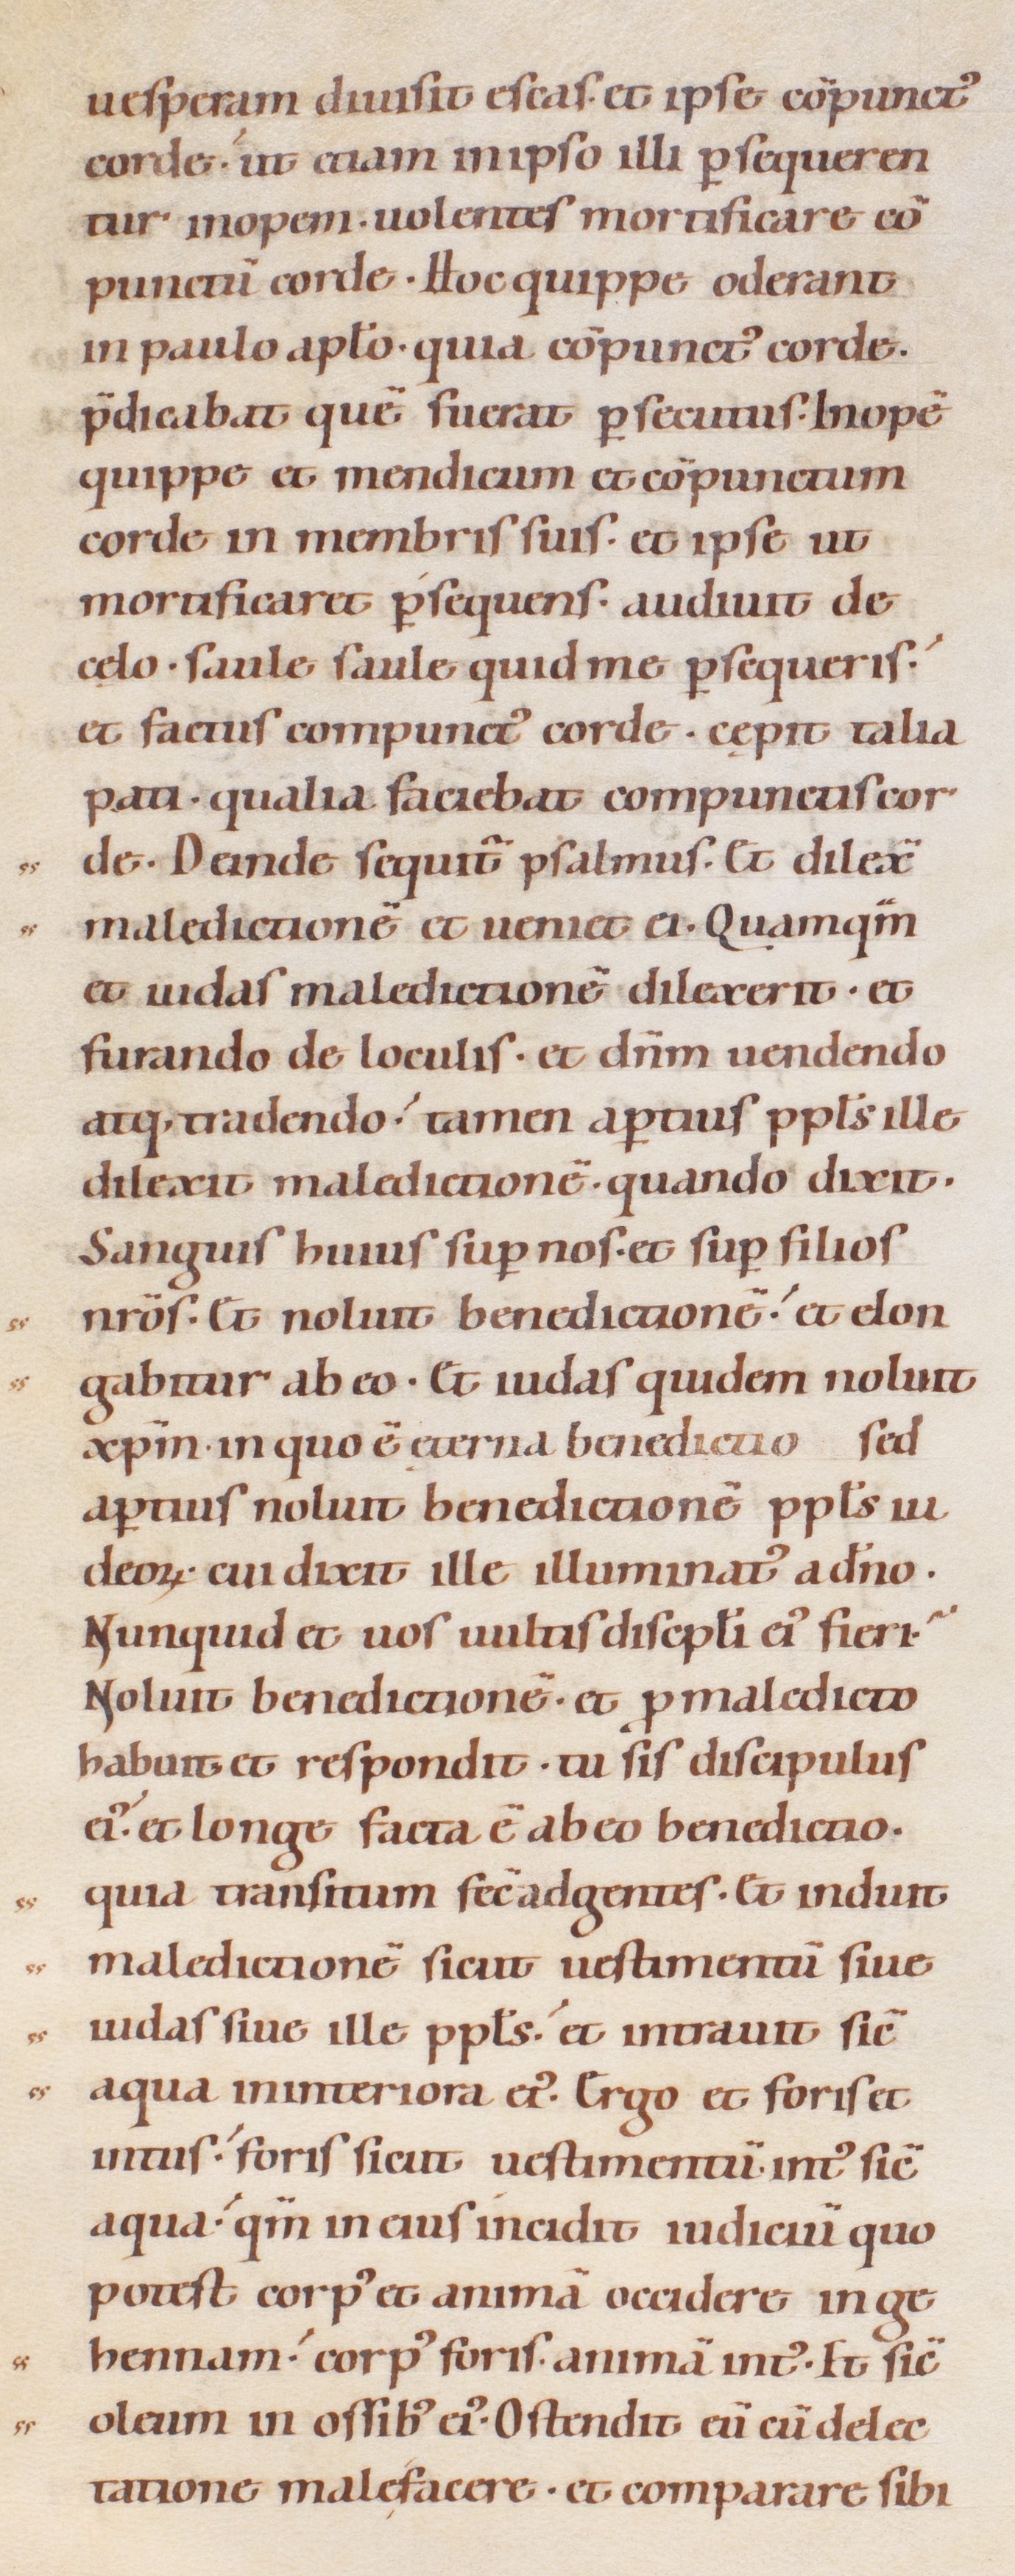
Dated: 1080–1096